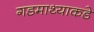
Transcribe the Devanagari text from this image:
गडमाथ्याकडे